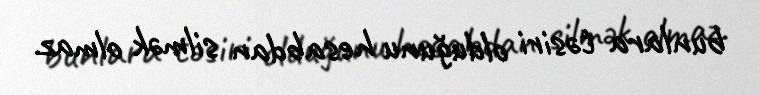
bunlara təsiri olduğunu hesabdan silmək olmaz.